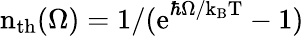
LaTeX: \mathrm{n_{th}(\Omega)=1/{(e}^{\hbar\Omega/k_{B}T}-1)}